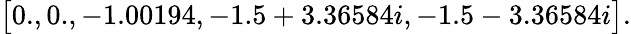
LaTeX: \big[0.,0.,-1.00194,-1.5+3.36584i,-1.5-3.36584i\big].